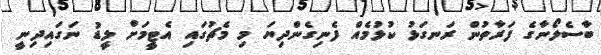
ބާސެލޯނާގެ ފަރާތުން ރަނގަޅު ކުޅުމެއް ފެނިގެންދިޔަ މި މެޗުގައި އެޓީމަށް ލީޑު ނަގައިިދިނީ